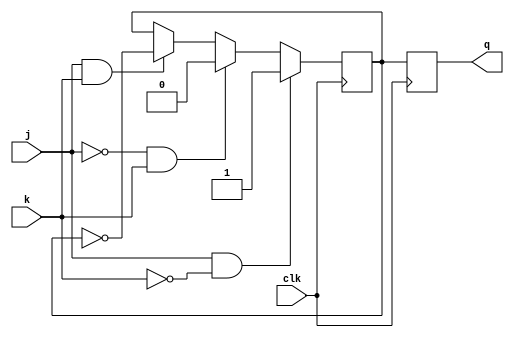
module master_slave_jk_flip_flop (
    input j,
    input k,
    input clk,
    output reg q
);

reg q_internal;

always @(posedge clk)
begin
    if (j && ~k)
        q_internal <= 1; // Set Q
    else if (~j && k)
        q_internal <= 0; // Reset Q
    else if (j && k)
        q_internal <= ~q_internal; // Toggle Q
end

always @(negedge clk)
begin
    q <= q_internal; // Slave latch
end

endmodule